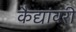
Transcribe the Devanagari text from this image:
कैद्यांवरी